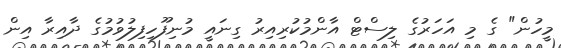
މީހުން" ގެ މި އަހަރުގެ ލިސްޓް އާންމުކުރިއިރު ގިނައީ މުނިފޫހިފިލުވުމުގެ ދާއިރާ އިން